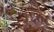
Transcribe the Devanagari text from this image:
३६०८